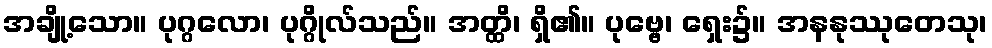
အချို့သော။ ပုဂ္ဂလော၊ ပုဂ္ဂိုလ်သည်။ အတ္ထိ၊ ရှိ၏။ ပုဗ္ဗေ၊ ရှေး၌။ အနနုဿုတေသု၊